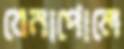
বেনাপোলে